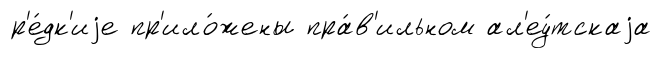
р'е́дк'иjе пр'ило́жены пра́в'ильном ал'еу́тскаjа